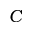
C